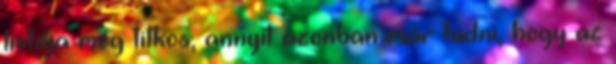
listája még titkos, annyit azonban már tudni, hogy az